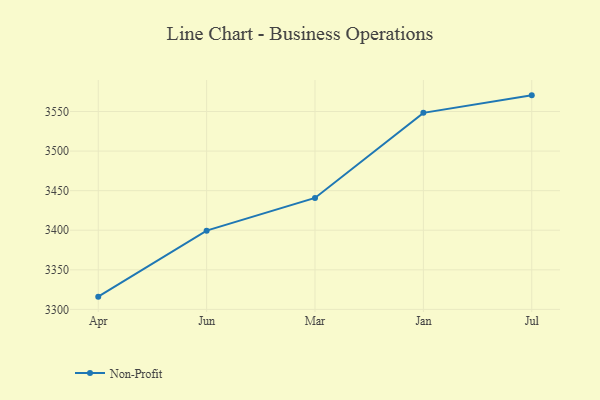
{"axis": {"x": "Month", "y": "Production Output"}, "legend": ["Non-Profit"], "data": [{"x": "Apr", "y": 3316.1, "type": "Non-Profit"}, {"x": "Jun", "y": 3399.5, "type": "Non-Profit"}, {"x": "Mar", "y": 3440.8, "type": "Non-Profit"}, {"x": "Jan", "y": 3548.3, "type": "Non-Profit"}, {"x": "Jul", "y": 3570.4, "type": "Non-Profit"}]}